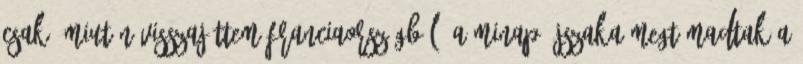
Csak, miután visszajöttem Franciaországból. A minap éjszaka megtámadtak a